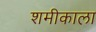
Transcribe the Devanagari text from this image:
शमीकाला